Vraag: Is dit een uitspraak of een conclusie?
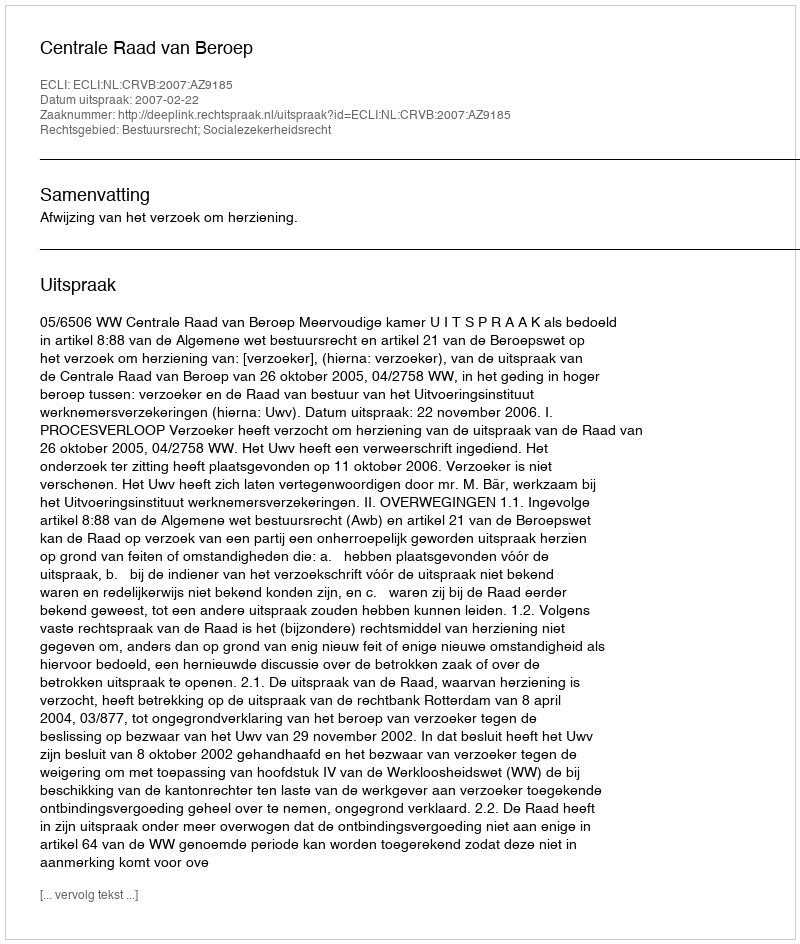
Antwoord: Uitspraak